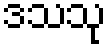
ဒသသု